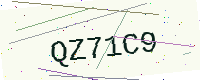
Text: QZ71C9